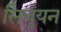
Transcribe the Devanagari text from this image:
सिचुयन